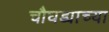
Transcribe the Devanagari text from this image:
चौघड्याच्या